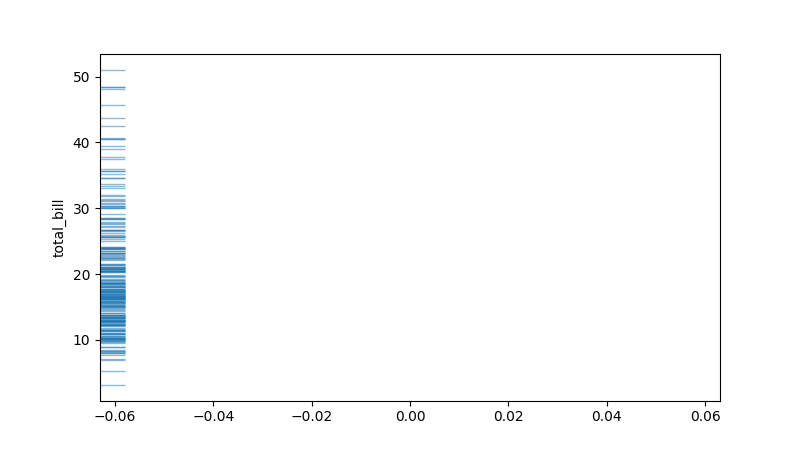
python, seaborn, rugplot, height=0.04, axis='y', alpha=0.5